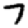
Digit: 7